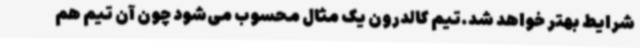
شرایط بهتر خواهد شد.تیم کالدرون یک مثال محسوب می‌شود چون آن تیم هم